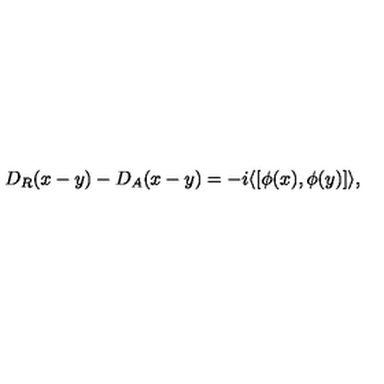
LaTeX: D _ { R } ( x - y ) - D _ { A } ( x - y ) = - i \langle [ \phi ( x ) , \phi ( y ) ] \rangle ,